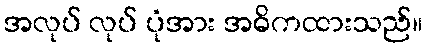
အလုပ် လုပ် ပုံအား အဓိကထားသည်။